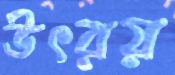
উৎরয়